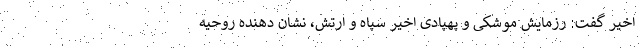
اخیر گفت: رزمایش موشکی و پهپادی اخیر سپاه و ارتش، نشان دهنده روحیه